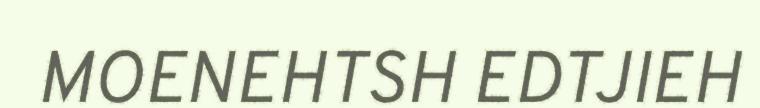
MOENEHTSH EDTJIEH